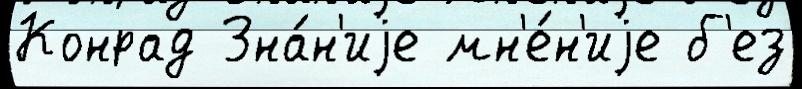
Конрад Зна́н'иjе мн'е́н'иjе б'ез